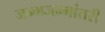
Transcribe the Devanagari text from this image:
जन्मजन्मांतरी